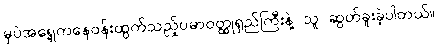
မှပဲအရှေ့ကနေဝန်းထွက်သည့်ပမာဝတ္ထုရှည်ကြီးနဲ့ သူ ဆွတ်ခူးခဲ့ပါတယ်။